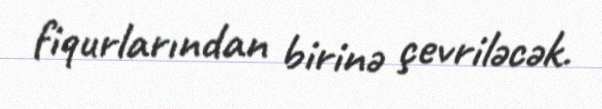
fiqurlarından birinə çevriləcək.